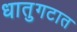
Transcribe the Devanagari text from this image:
धातुगटात